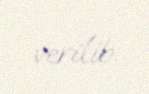
verilib.